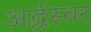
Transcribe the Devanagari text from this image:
अर्द्धस्वर